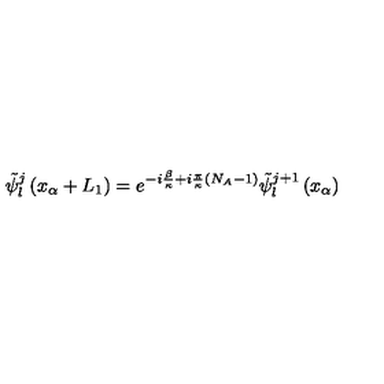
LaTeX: { \tilde { \psi } } _ { l } ^ { j } \left( x _ { \alpha } + L _ { 1 } \right) = e ^ { - i \frac { \beta } { \kappa } + i \frac { \pi } { \kappa } \left( N _ { A } - 1 \right) } { \tilde { \psi } } _ { l } ^ { j + 1 } \left( x _ { \alpha } \right)